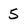
Character: 5